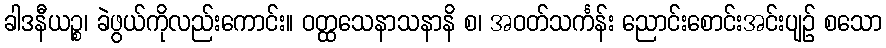
ခါဒနီယဉ္စ၊ ခဲဖွယ်ကိုလည်းကောင်း။ ဝတ္ထသေနာသနာနိ စ၊ အဝတ်သင်္ကန်း ညောင်းစောင်းအင်းပျဉ် စသော